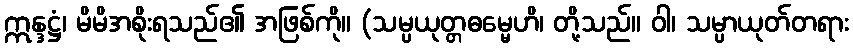
ဣန္ဒဋ္ဌံ၊ မိမိအစိုးရသည်၏ အဖြစ်ကို။ (သမ္ပယုတ္တဓမ္မေဟိ၊ တို့သည်။ ဝါ၊ သမ္ပာယုတ်တရား